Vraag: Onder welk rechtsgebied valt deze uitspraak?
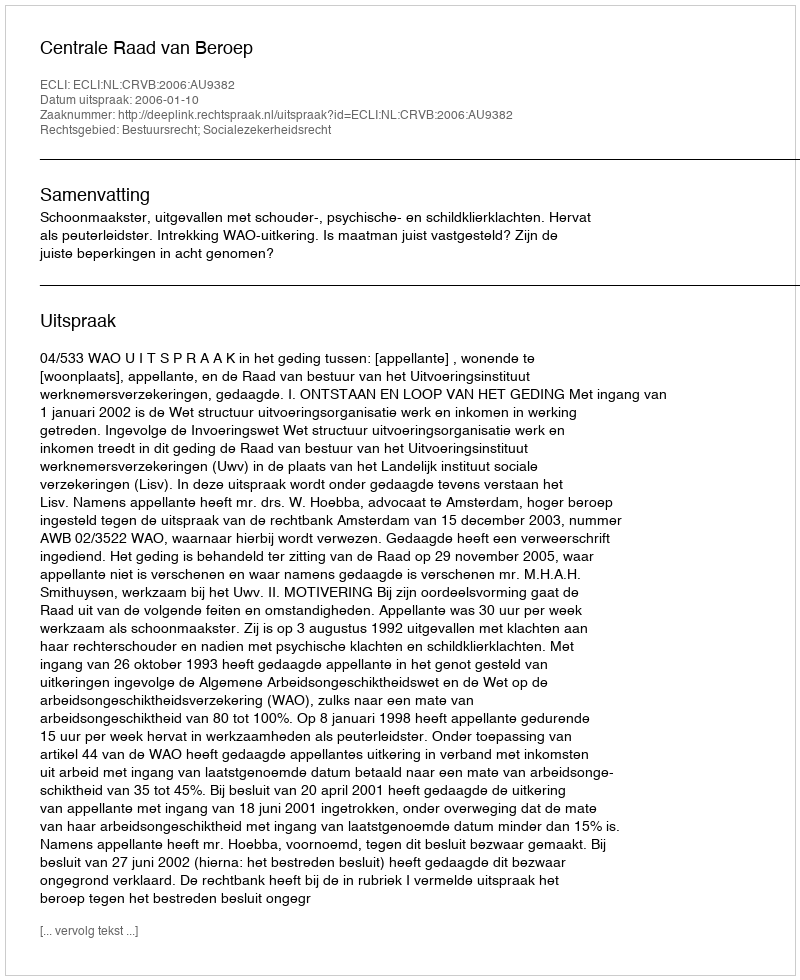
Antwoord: Bestuursrecht; Socialezekerheidsrecht